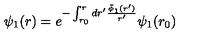
\psi _ { 1 } ( r ) = e ^ { - \int _ { r _ { 0 } } ^ { r } d r ^ { \prime } \frac { \bar { \phi } _ { 1 } ( r ^ { \prime } ) } { r ^ { \prime } } } \psi _ { 1 } ( r _ { 0 } )